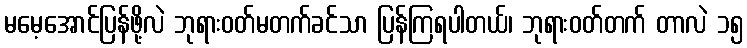
မမေ့အောင်ပြန်ဖို့လဲ ဘုရားဝတ်မတက်ခင်သာ ပြန်ကြရပါတယ်၊ ဘုရားဝတ်တက် တာလဲ ၁၅